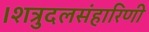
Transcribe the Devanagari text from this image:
।शत्रुदलसंहारिणी